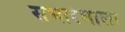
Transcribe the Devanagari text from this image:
सभारंभाला